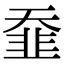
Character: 䪞